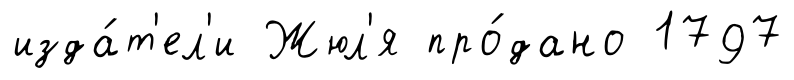
изда́т'ел'и Жюл'я про́дано 1797